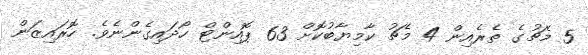
5 މެޗުގެ ތެރެއިން 4 މެޗު ކާމިޔާބުކޮށް 63 ޕޮއިންޓް ހޯދައިގެންނެވެ. ހޮރައިޒަން